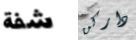
شفة داركن